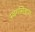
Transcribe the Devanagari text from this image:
स्‍वर्गारोहण